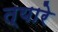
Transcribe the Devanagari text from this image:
त्यारे